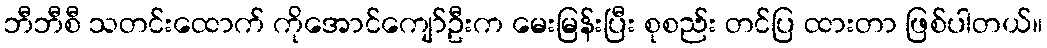
ဘီဘီစီ သတင်းထောက် ကိုအောင်ကျော်ဦးက မေးမြန်းပြီး စုစည်း တင်ပြ ထားတာ ဖြစ်ပါတယ်။